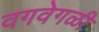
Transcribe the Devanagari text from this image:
वगवेगळी